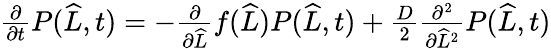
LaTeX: \begin{array}{r}{\frac{\partial}{\partial t}P(\widehat{L},t)=-\frac{\partial}{\partial\widehat{L}}f(\widehat{L})P(\widehat{L},t)+\frac{D}{2}\frac{\partial^{2}}{\partial\widehat{L}^{2}}P(\widehat{L},t)}\end{array}